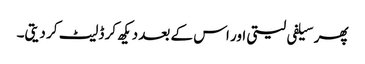
پھر سیلفی لیتی اور اس کے بعد دیکھ کر ڈلیٹ کر دیتی۔